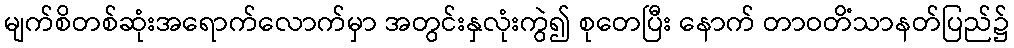
မျက်စိတစ်ဆုံးအရောက်လောက်မှာ အတွင်းနှလုံးကွဲ၍ စုတေပြီး နောက် တာဝတိံသာနတ်ပြည်၌